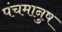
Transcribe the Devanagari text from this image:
पंचमानुष